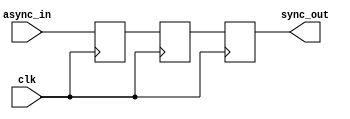
module master_slave_ff_synchronizer (
    input wire clk,          // Clock signal
    input wire async_in,     // Asynchronous input signal
    output reg sync_out      // Synchronized output signal
);

    // Internal signals for master and slave flip-flops
    reg master_ff;
    reg slave_ff;

    // Master Flip-Flop: Captures async_in on the rising edge of clk
    always @(posedge clk) begin
        master_ff <= async_in; // Capture input on rising edge
    end

    // Slave Flip-Flop: Captures master_ff on the falling edge of clk
    always @(negedge clk) begin
        slave_ff <= master_ff; // Capture master output on falling edge
    end

    // Output assignment
    always @(posedge clk) begin
        sync_out <= slave_ff; // Synchronized output
    end

endmodule